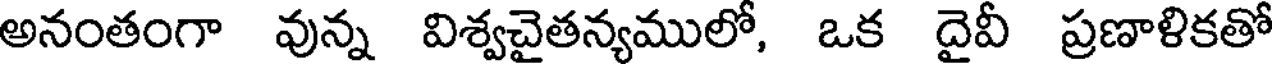
అనంతంగా వున్న విశ్వచైతన్యములో, ఒక దైవీ ప్రణాళికతో